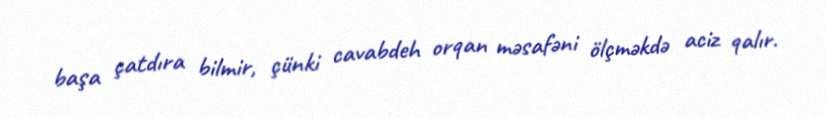
başa çatdıra bilmir, çünki cavabdeh orqan məsafəni ölçməkdə aciz qalır.